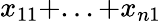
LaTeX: x_{11}+...+x_{n1}